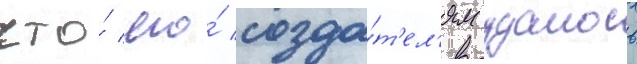
что́ его́ созда́т'ел'ям удалось